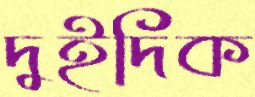
দুইদিক